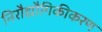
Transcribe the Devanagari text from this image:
निरौद्यौगिकीकरण